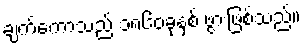
ချက်ကော့သည် ၁၈၆၀ခုနှစ် ဖွားဖြစ်သည်။